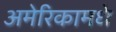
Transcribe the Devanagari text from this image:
अमेरिकामधे